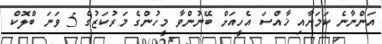
އަންނާނެ ކަމަށާއި ޚާއްސަ އެހީއަށް ބޭނުންވާ މީހުންގެ މަރުކަޒުގެ 5 ވަނަ ބްލޮކް